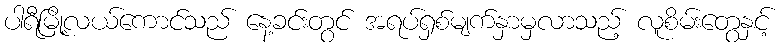
ပါရီမြို့လယ်ကောင်သည် နေ့ခင်းတွင် အရပ်ရှစ်မျက်နှာမှလာသည့် လူစိမ်းတွေနှင့်